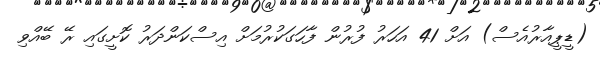
(ޑީޕީއާރުއެސް) އަށް 41 އަހަރު ފުރުން ފާހަގަކުރުމަށް އިސްކަންދަރު ކޮށީގައި ރޭ ބޭއްވި